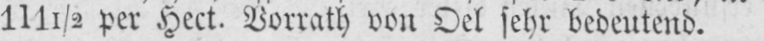
111½ per Hect. Vorrath von Oel sehr bedeutend.